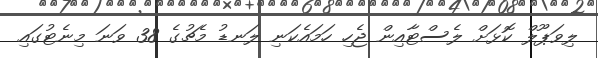
ލިވަޕޫލް ކޮޅަށް ލެސްޓާއިން ޖެހި ހަމައެކަނި ލަނޑު މެޗުގެ 38 ވަނަ މިނެޓުގައި